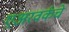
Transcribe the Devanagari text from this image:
एअरवर्कचे